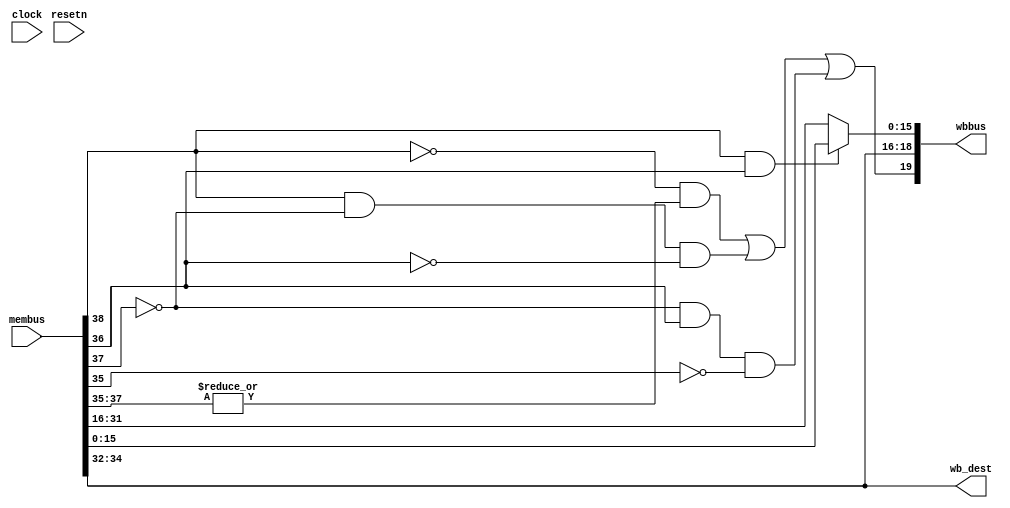

`timescale 1ns/10ps
module wb_module(clock,resetn,membus,wbbus,wb_dest);
input           clock;
input           resetn;
input   [39:0]  membus;
output  [19:0]  wbbus;
output  [2:0]   wb_dest;

wire            membus_valid;
wire [3:0]      membus_op;
wire [2:0]      membus_dest;
wire [15:0]     membus_exresult;
wire [15:0]     membus_memresult;
wire            wbbus_valid;
wire [2:0]      wbbus_dest;
wire [15:0]     wbbus_value;

assign membus_valid     = membus[39];
assign membus_op        = membus[38:35];
assign membus_dest      = membus[34:32];
assign membus_exresult  = membus[31:16];
assign membus_memresult = membus[15:0];

assign wbbus_valid = !membus_op[3] && (|membus_op[2:0]) || membus_op[3] &&!membus_op[2]&&!membus_op[1] || !membus_op[2]&&membus_op[1]&&~membus_op[0];
assign wbbus_dest = membus_dest;        // , .
assign wbbus_value = membus_op[3]&membus_op[1] ? membus_memresult: membus_exresult;

assign wb_dest = wbbus_dest;

assign wbbus[19]        = wbbus_valid;
assign wbbus[18:16]     = wbbus_dest;
assign wbbus[15:0]      = wbbus_value;
endmodule